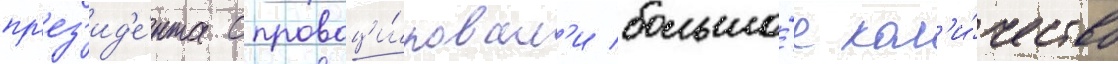
пр'ез'ид'е́нта спровоци́ровал'и большо́е кол'и́чество